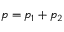
p = p _ { 1 } + p _ { 2 }